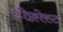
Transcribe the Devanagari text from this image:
डीफ़्रोस्ट